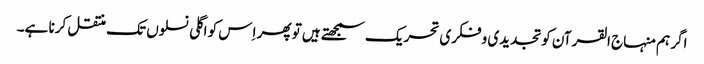
اگر ہم منہاج القرآن کو تجدیدی و فکری تحریک سمجھتے ہیں تو پھر اِس کو اگلی نسلوں تک منتقل کرنا ہے۔